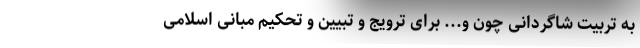
به تربیت شاگردانی چون و... برای ترویج و تبیین و تحکیم مبانی اسلامی